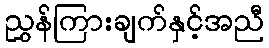
ညွှန်ကြားချက်နှင့်အညီ